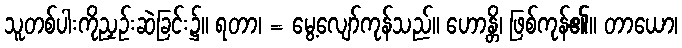
သူတစ်ပါးကိုညှဉ်းဆဲခြင်း၌။ ရတာ၊ = မွေ့လျော်ကုန်သည်။ ဟောန္တိ၊ ဖြစ်ကုန်၏။ တာယော၊